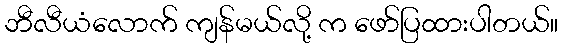
ဘီလီယံလောက် ကျန်မယ်လို့ က ဖော်ပြထားပါတယ်။